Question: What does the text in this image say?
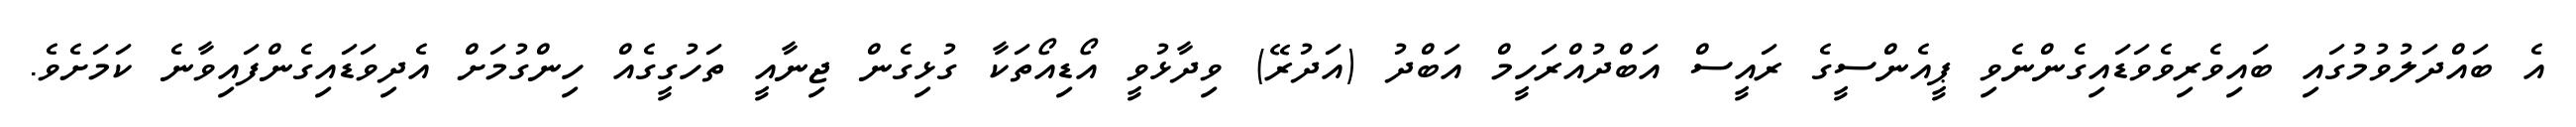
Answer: އެ ބައްދަލުވުމުގައި ބައިވެރިވެވަޑައިގެންނެވި ޕީއެންސީގެ ރައީސް އަބްދުއްރަހީމް އަބްދު (އަދުރޭ) ވިދާޅުވީ އޯޑިއޯތަކާ ގުޅިގެން ޖިނާއީ ތަހުގީގެއް ހިންގުމަށް އެދިވަޑައިގެންފައިވާނެ ކަމަށެވެ.